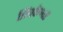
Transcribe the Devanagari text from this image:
त्रिंबकेश्वर